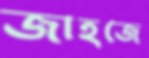
জাহজে